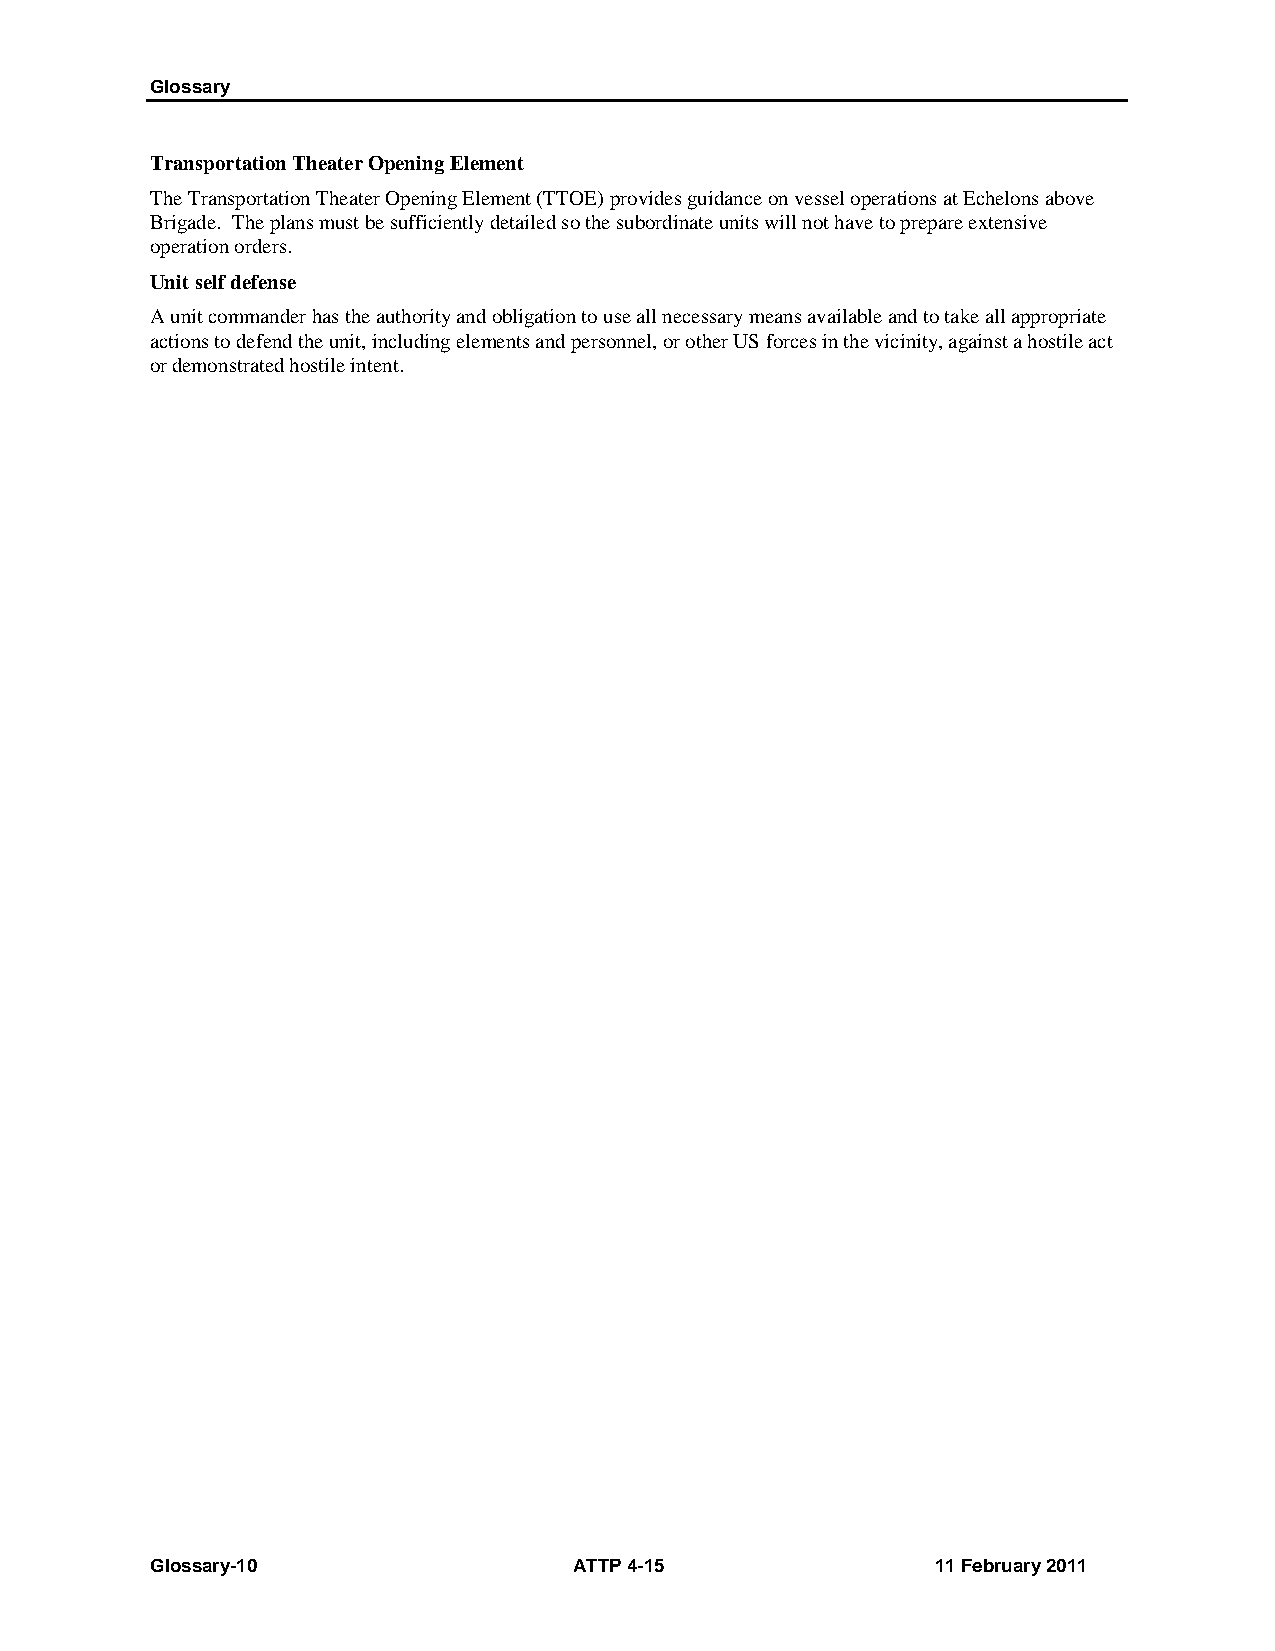
Glossary
 Transportation Theater Opening Element
 The Transportation Theater Opening Element (TTOE) provides guidance on vessel operations at Echelons above
 Brigade. The plans must be sufficiently detailed so the subordinate units will not have to prepare extensive
 operation orders.
 Unit self defense
 A unit commander has the authority and obligation to use all necessary means available and to take all appropriate
 actions to defend the unit, including elements and personnel, or other US forces in the vicinity, against a hostile act
 or demonstrated hostile intent.
 Glossary-10                 ATTP 4-15               11 February 2011